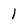
Character: 1